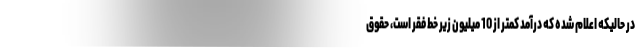
در حالیکه اعلام شده که درآمد کمتر از 10 میلیون زیر خط فقر است، حقوق